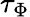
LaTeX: \tau_{\Phi}